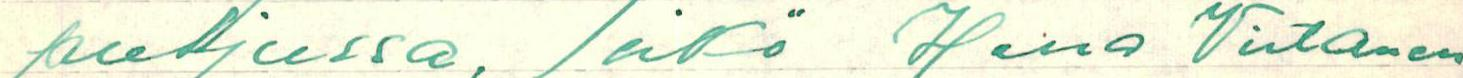
puljussa, eikö Herra Virtanen